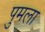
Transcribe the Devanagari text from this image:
पुमला